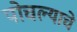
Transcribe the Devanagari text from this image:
पोचल्याचे